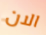
الان